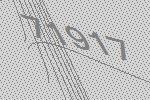
71917